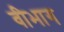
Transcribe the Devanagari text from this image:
वीभाग